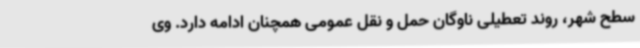
سطح شهر، روند تعطیلی ناوگان حمل و نقل عمومی همچنان ادامه دارد. وی